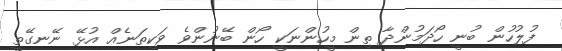
ފުލުހުން ބުނީ ހޯދަމުންދާ ތިން މީހުންނަކީ ހޯން ބޭނުންވެ ވަކިތަނެއް އުޅޭ ނޭނގޭތީ